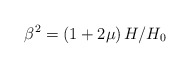
\begin{align*}\beta ^{2}=\left( 1+2\mu \right) H/H_{0}\; \end{align*}